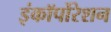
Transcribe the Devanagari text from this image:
इंकॉर्पोरेशन